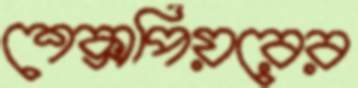
শেক্সপিয়রের